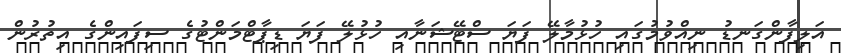
އަލިފާންގަނޑު ނިއްވުމުގައި ހުޅުމާލޭ ފަޔަ ސްޓޭޝަނާއި ހުޅުލޭ ފަޔަ ޑިޕާޓްމަންޓުގެ ސިފައިންގެ އިތުރުން